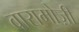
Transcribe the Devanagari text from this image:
वारामोज़ी